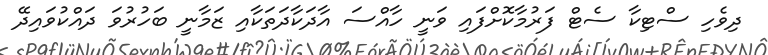
ދިވެހި ސްޓިކާ ސެޓް ފަރުމާކޮށްފައި ވަނީ ހާއްސަ އާދަކާދަތަކާއި ޒަމާނީ ބަހުރުވަ ދައްކުވައިދޭ